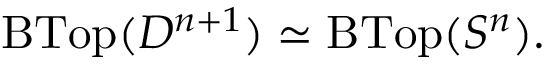
\operatorname { B T o p } ( D ^ { n + 1 } ) \simeq \operatorname { B T o p } ( S ^ { n } ) .